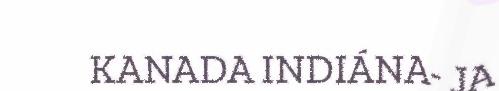
KANADA INDIÁNA- JA